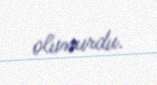
olunurdu.